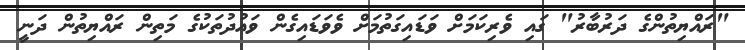
"ރައްޔިތުންގެ ދަރުބާރު" ގައި ވެރިކަމަށް ވަަޑައިގަތުމަށް ވެވަޑައިގެން ވައުދުތަކުގެ މަތިން ރައްޔިތުން ދަނީ